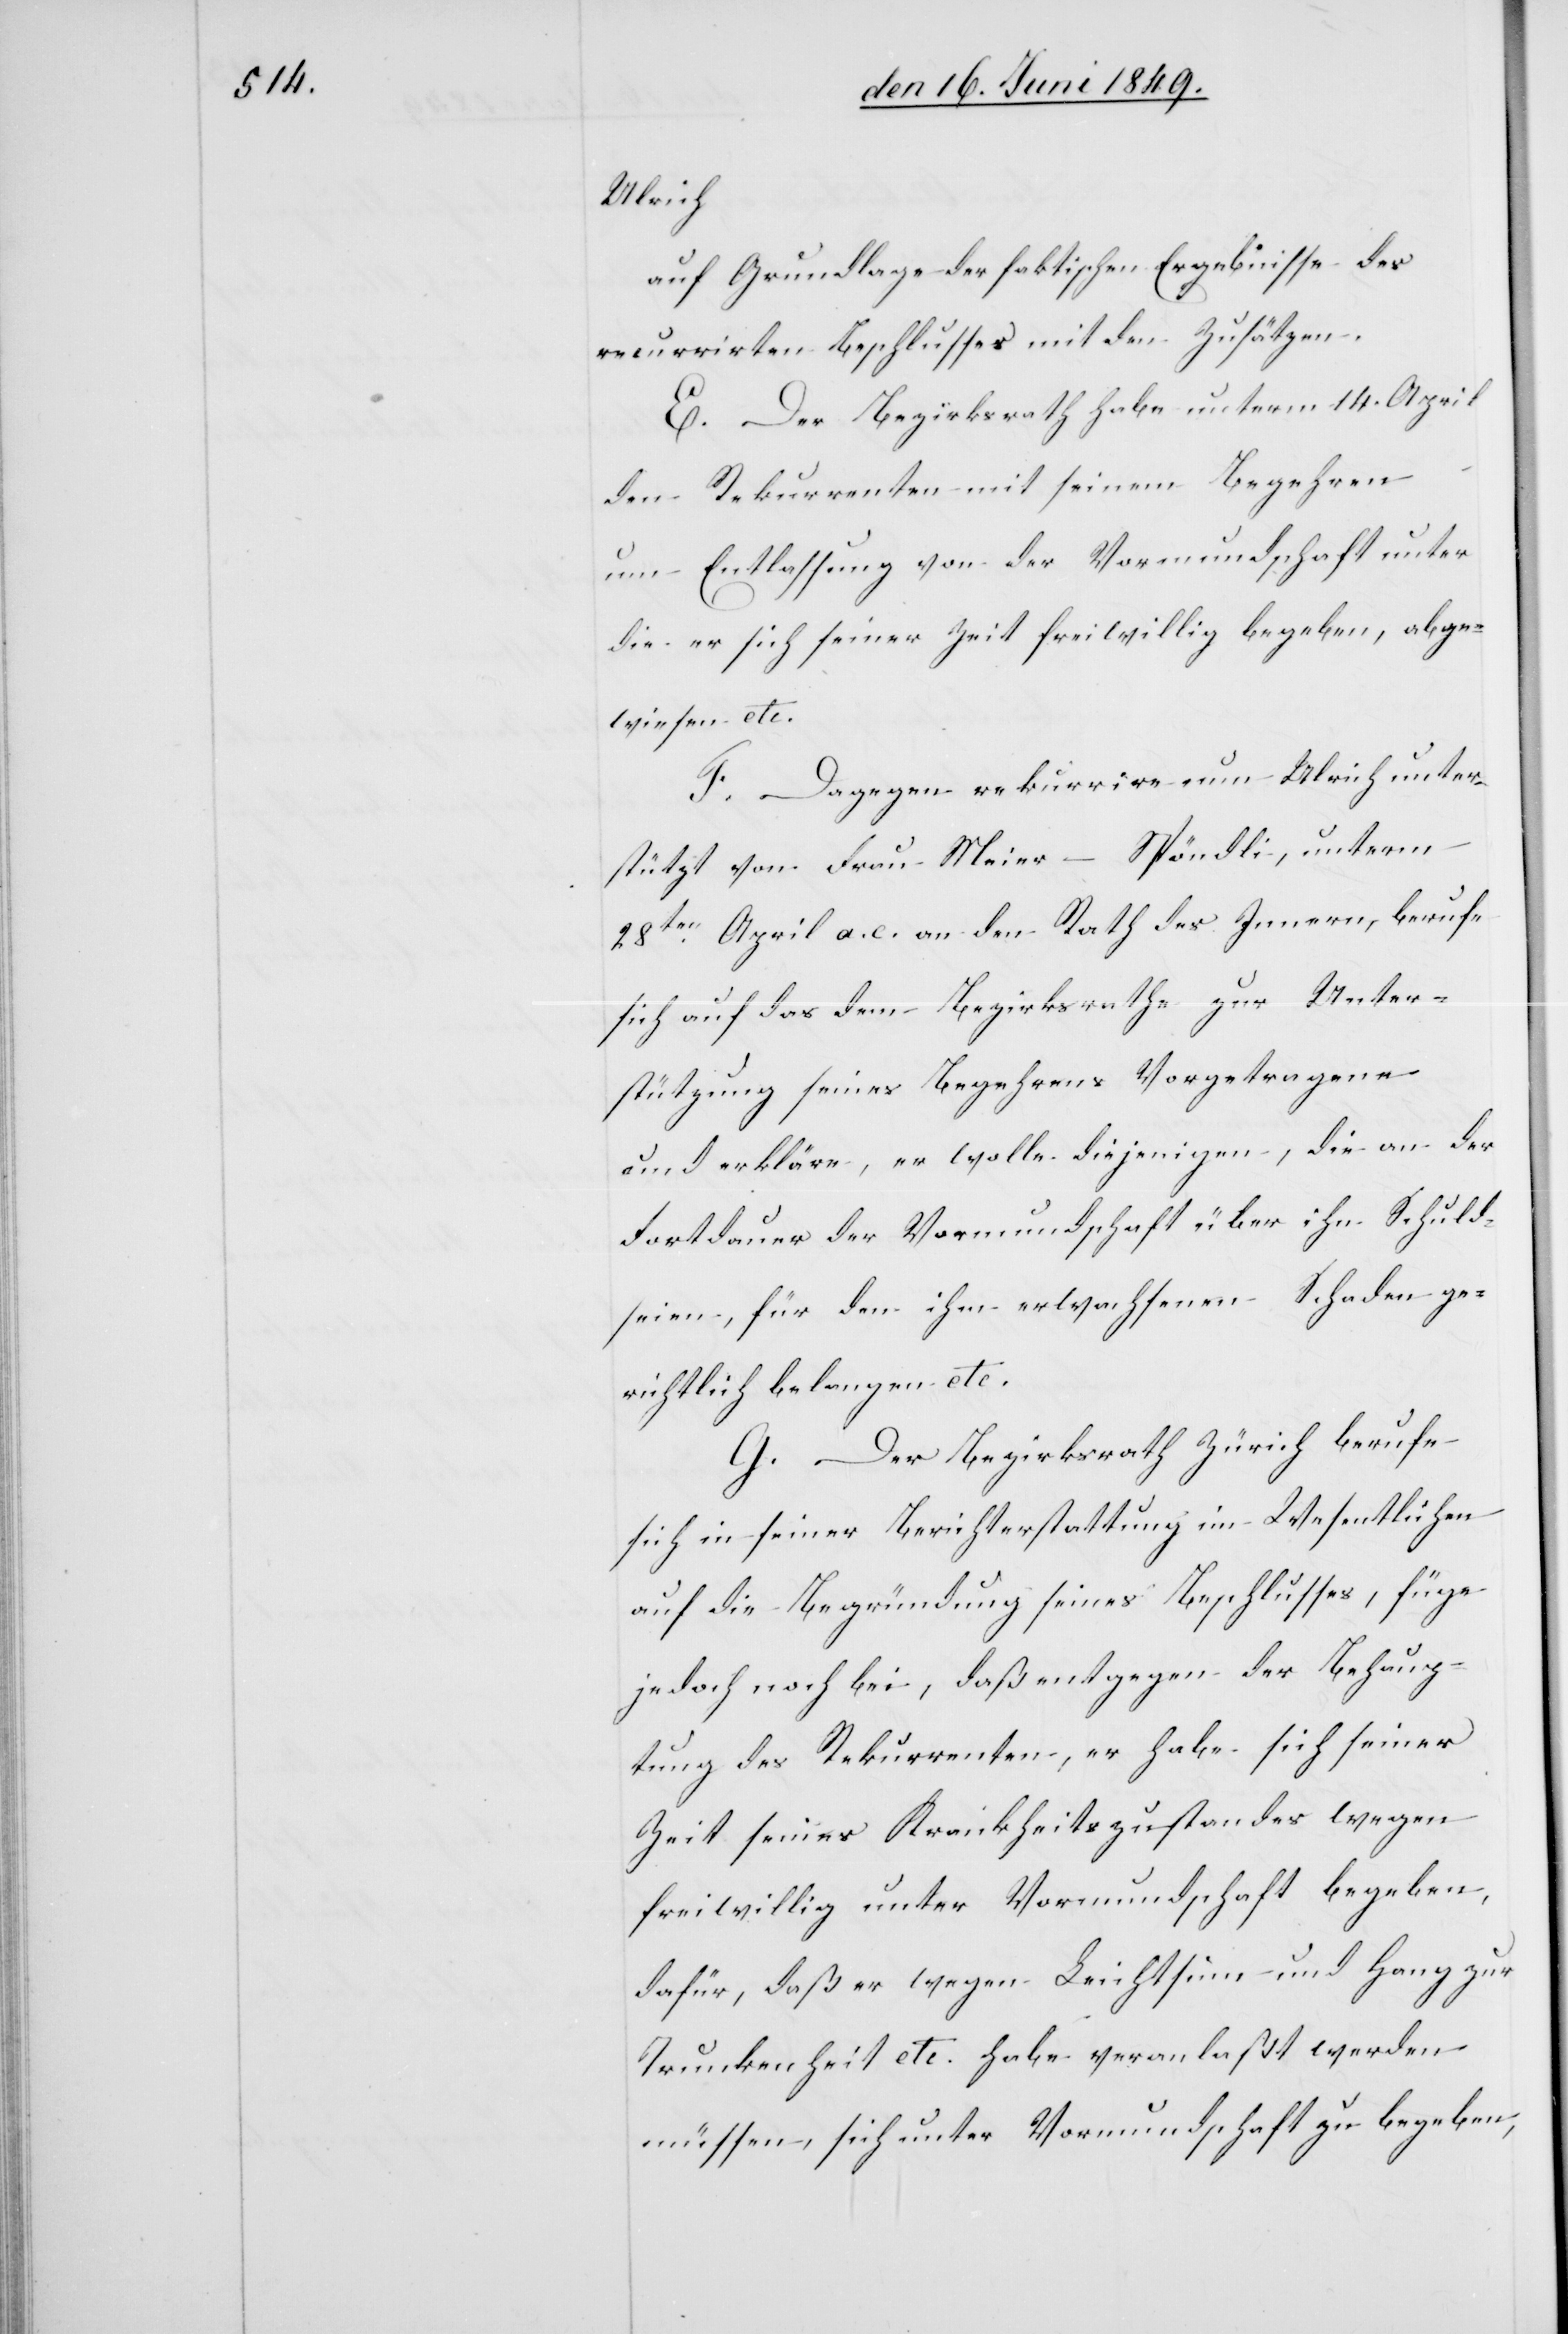
Ulrich
auf Grundlage der faktischen Ergebnisse des
recurrirten Beschlusses mit den Zusätzen.
E. Der Bezirksrath habe unterm 14. April
den Rekurrenten mit seinem Begehren
um Entlassung von der Vormundschaft unter
die er sich seiner Zeit freiwillig begeben, abge¬
wiesen etc.
F. Dagegen rekurrire nun Ulrich unter¬
stützt von Frau Meier-Spöndli, unterm
28ten April a. c. an den Rath des Innern, berufe
sich auf das dem Bezirksrathe zur Unter¬
stützung seines Begehrens Vorgetragene
und erkläre, er wolle diejenigen, die an der
Fortdauer der Vormundschaft über ihn Schuld
seien, für den ihm erwachsenen Schaden ge¬
richtlich belangen etc.
G. Der Bezirksrath Zürich berufe
sich in seiner Berichterstattung im Wesentlichen
auf die Begründung seines Beschlusses, füge
jedoch noch bei, daß entgegen der Behaup¬
tung als Rekurrenten, er habe sich seiner
Zeit seines Krankheitszustandes wegen
freiwillig unter Vormundschaft begeben,
dafür, daß er wegen Leichtsinn und Hang zur
Trunkenheit etc. habe veranlaßt werden
müssen, sich unter Vormundschaft zu begeben,